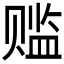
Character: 𬥾